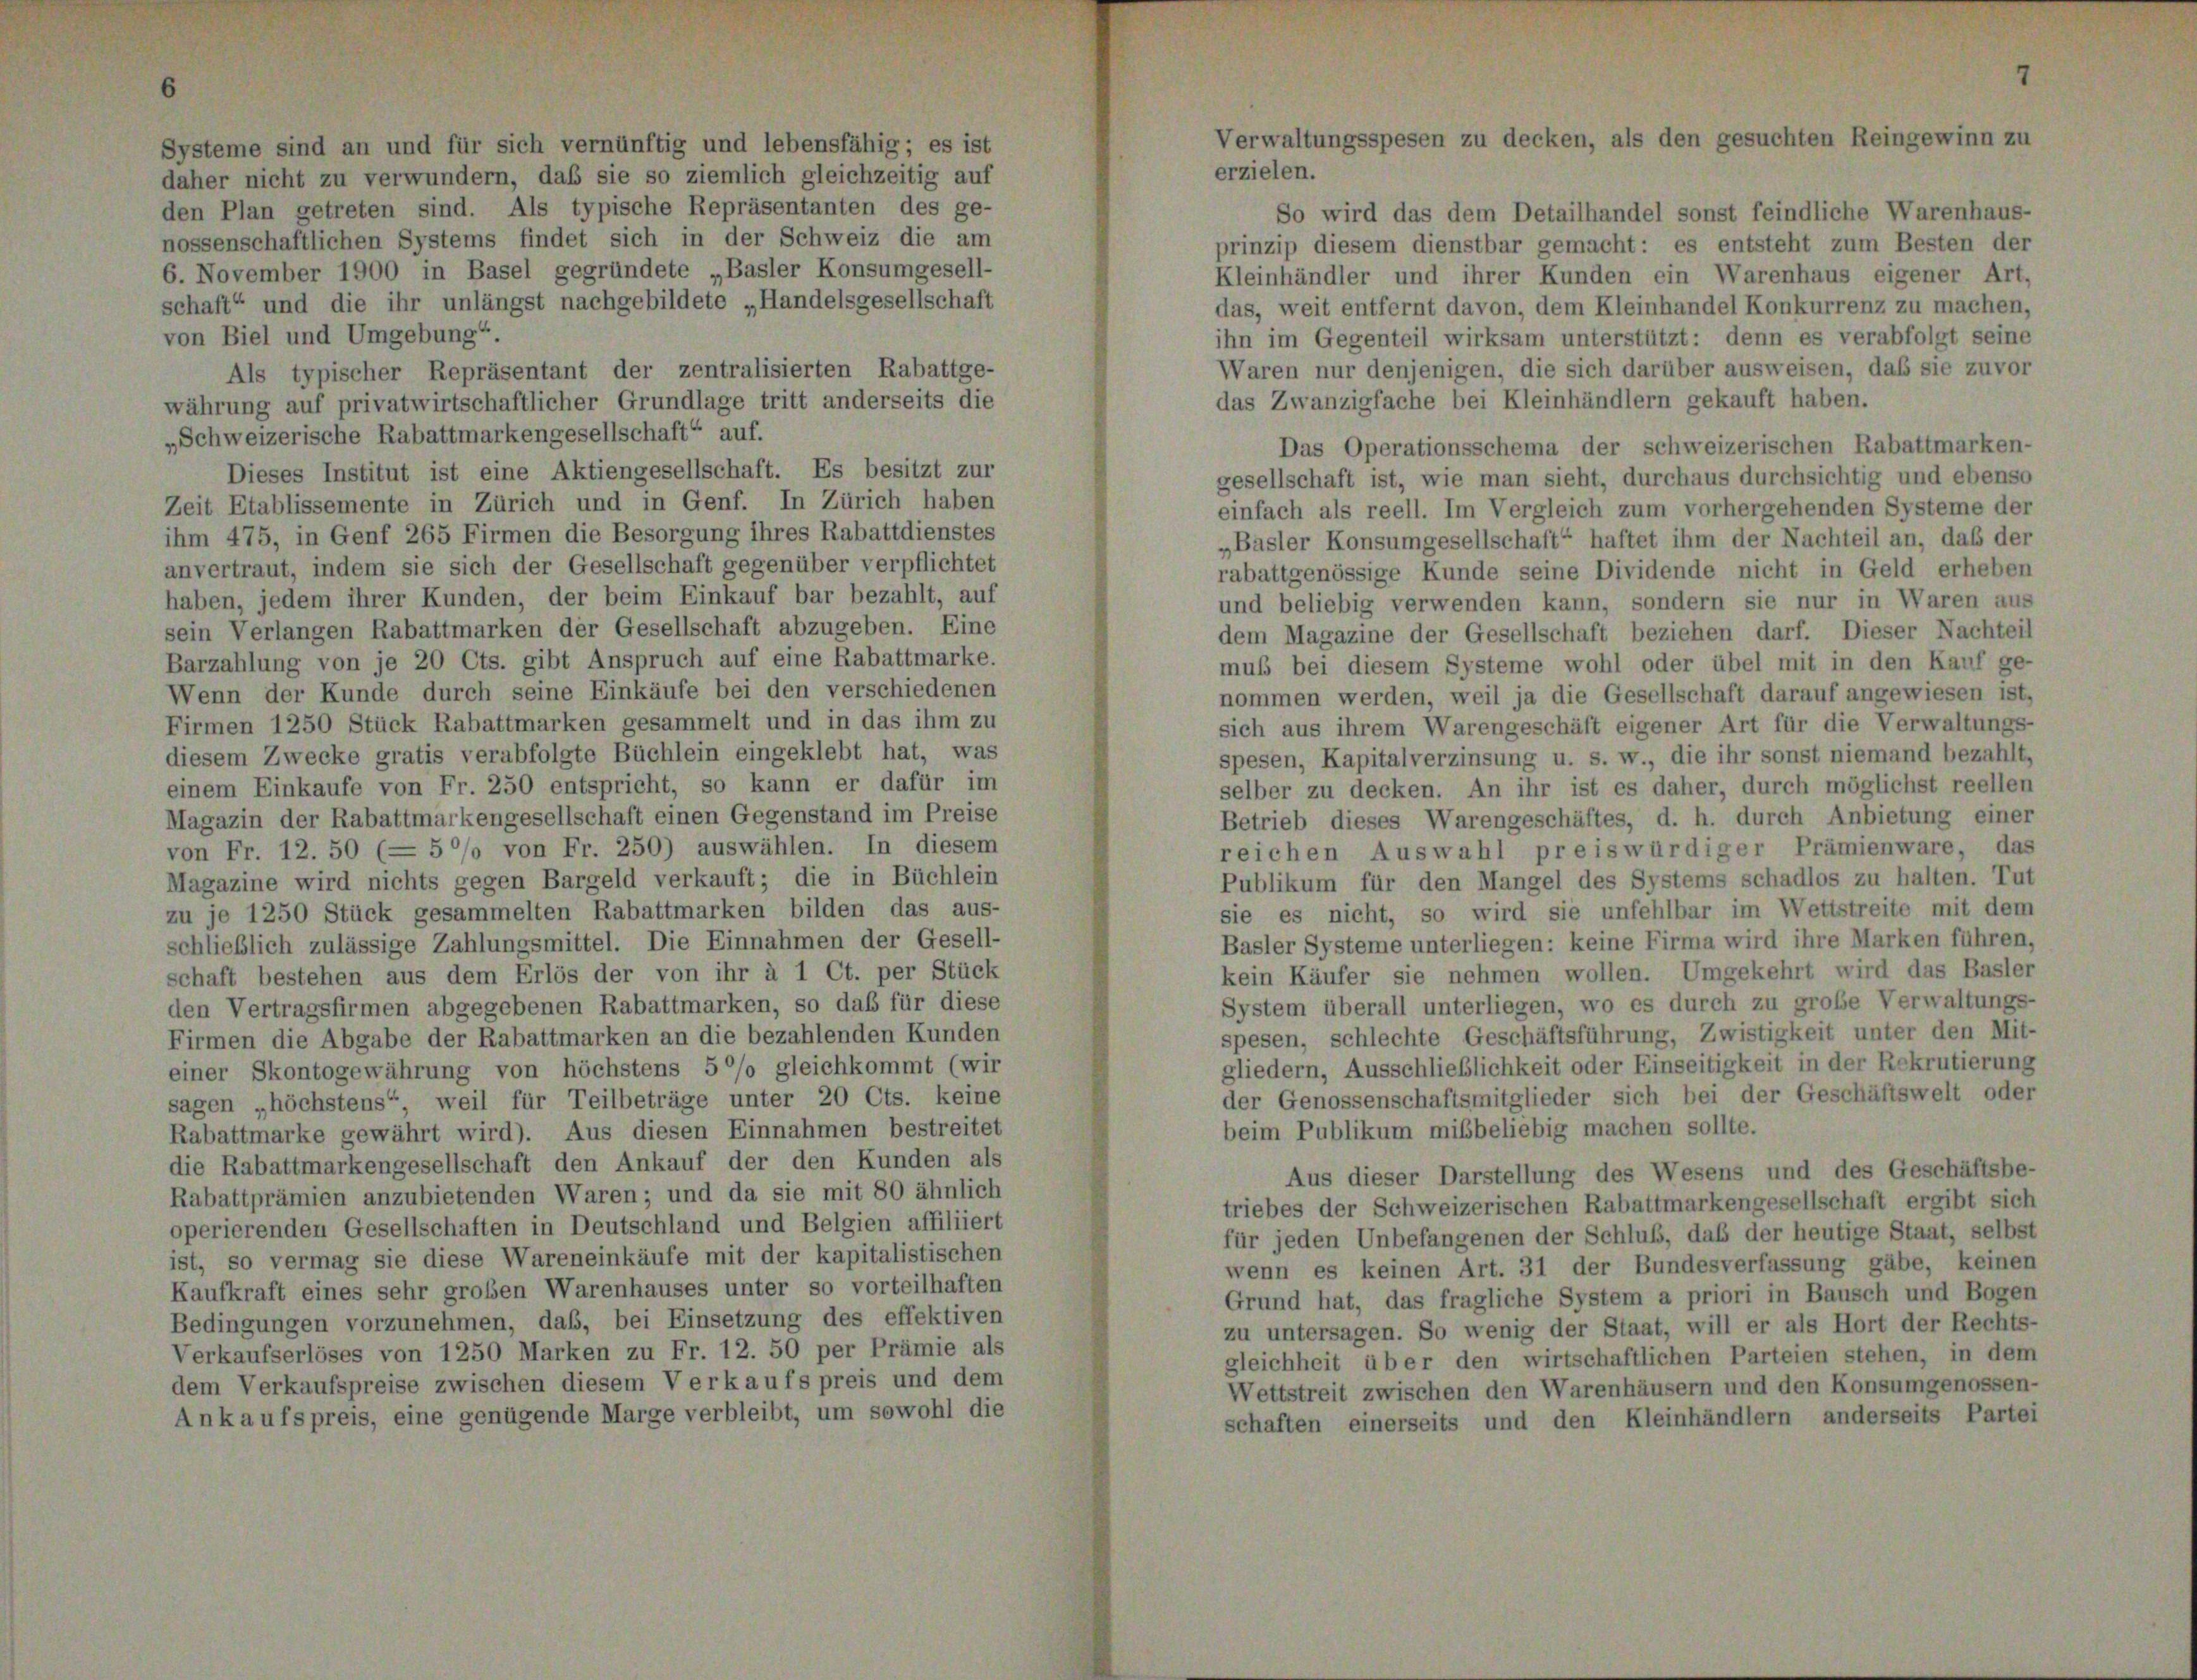
b sie so ziemli
typische Repräs
st sich in der

Als typischer Repräsentant der zentralisierten Rabattge-
währung auf privatwirtschaftlicher Grundlage tritt anderseits die
„Schweizerische Rabattmarkengesellschaft“ auf.
Dieses Institut ist eine Aktiengesellschaft. Es besitzt zur
Zeit Etablissemente in Zürich und in Genf. In Zürich haben
ihm 475, in Genf 265 Firmen die Besorgung ihres Rabattdienstes
anvertraut, indem sie sich der Gesellschaft gegenüber verpflichtet
haben, jedem ihrer Kunden, der beim Einkauf bar bezahlt, auf
sein Verlangen Rabattmarken der Gesellschaft abzugeben. Eine
Barzahlung von je 20 Cts. gibt Anspruch auf eine Rabattmarke.
Wenn der Kunde durch seine Einkäufe bei den verschiedenen
Firmen 1250 Stück Rabattmarken gesammelt und in das ihm zu
diesem Zwecke gratis verabfolgte Büchlein eingeklebt hat, was
einem Einkaufe von Fr. 250 entspricht, so kann er dafür im
Magazin der Rabattmarkengesellschaft einen Gegenstand im Preise
von Fr. 12. 50 (— 5 °/o von Fr. 250) auswählen. In diesem
Magazine wird nichts gegen Bargeld verkauft; die in Büchlein
zu je 1250 Stück gesammelten Rabattmarken bilden das aus-
schließlich zulässige Zahlungsmittel. Die Einnahmen der Gesell-
schaft bestehen aus dem Erlös der von ihr à 1 Ct. per Stück
den Vertragsfirmen abgegebenen Rabattmarken, so daß für diese
Firmen die Abgabe der Rabattmarken an die bezahlenden Kunden
einer Skontogewährung von höchstens 5 °/o gleichkommt (wir
sagen „höchstens“, weil für Teilbeträge unter 20 Cts. keine
Rabattmarke gewährt wird). Aus diesen Einnahmen bestreitet
die Rabattmarkengesellschaft den Ankauf der den Kunden als
Rabattprämien anzubietenden Waren; und da sie mit 80 ähnlich
operierenden Gesellschaften in Deutschland und Belgien affiliiert
ist, so vermag sie diese Wareneinkäufe mit der kapitalistischen
Kaufkraft eines sehr großen Warenhauses unter so vorteilhaften
Bedingungen vorzunehmen, daß, bei Einsetzung des effektiven
Verkaufserlöses von 1250 Marken zu Fr. 12. 50 per Prämie als
dem Verkaufspreise zwischen diesem Verkaufs preis und dem
Ankaufspreis, eine genügende Marge verbleibt, um sowohl die

So wird das dem Detailhandel sonst feindliche Warenhaus-
inzip diesem dienstbar gemacht: es entsteht zum Besten der
leinhändler und ihrer Kunden ein Warenhaus eigener Art.
as, weit entfernt davon, dem Kleinhandel Konkurrenz zu machen,
n im Gegenteil wirksam unterstützt: denn es verabfolgt seine
aren nur denjenigen, die sich darüber ausweisen, daß sie zuvor
s Zwanzigfache bei Kleinhändlern gekauft haben.
Das Operationsschema der schweizerischen Rabattmarken-
sellschaft ist, wie man sieht, durchaus durchsichtig und ebenso
fach als reell. Im Vergleich zum vorhergehenden Systeme der
Basler Konsumgesellschaft“ haftet ihm der Nachteil an, daß der
abattgenössige Kunde seine Dividende nicht in Geld erheben
id beliebig verwenden kann, sondern sie nur in Waren aus
m Magazine der Gesellschaft beziehen darf. Dieser Nachteil
ub bei diesem Systeme wohl oder übel mit in den Kauf ge-
ommen werden, weil ja die Gesellschaft darauf angewiesen ist,
ch aus ihrem Warengeschäft eigener Art für die Verwaltungs-
pesen, Kapitalverzinsung u. s. w., die ihr sonst niemand bezahlt,
lber zu decken. An ihr ist es daher, durch möglichst reellen
trieb dieses Warengeschäftes, d. h. durch Anbietung einer
eichen Auswahl preiswürdiger Prämienware, das
ublikum für den Mangel des Systems schadlos zu halten. Tut
e es nicht, so wird sie unfehlbar im Wettstreite mit dem
asler Systeme unterliegen: keine Firma wird ihre Marken führen,
ein Käufer sie nehmen wollen. Umgekehrt wird das Basler
ystem überall unterliegen, wo es durch zu grobe Verwaltungs-
esen, schlechte Geschäftsführung, Zwistigkeit unter den Mit-
liedern, Ausschließlichkeit oder Einseitigkeit in der Rekrutierung
r Genossenschaftsmitglieder sich bei der Geschäftswelt oder
eim Publikum mißbeliebig machen sollte.
Aus dieser Darstellung des Wesens und des Geschäftsbe-
riebes der Schweizerischen Rabattmarkengesellschaft ergibt sich
r jeden Unbefangenen der Schluß, daß der heutige Staat, selbst
venn es keinen Art. 31 der Bundesverfassung gäbe, keinen
frund hat, das fragliche System a priori in Bausch und Bogen
u untersagen. So wenig der Staat, will er als Hort der Rechts-
gleichheit über den wirtschaftlichen Parteien stehen, in dem
Vettstreit zwischen den Warenhäusern und den Konsumgenossen-
haften einerseits und den Kleinhändlern anderseits Partei